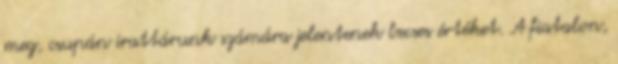
meg, csupán irattárunk számára jelentenek becses értéket. A fiatalon,